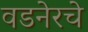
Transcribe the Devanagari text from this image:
वडनेरचे